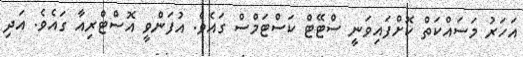
އަހަރު މަސައްކަތް ކޮށްފައިވަނީ ސްޓޭޓް ކަސްޓަމްސް ގައެވެ. އުފަންވީ އޮސްޓްރިއާ ގައެވެ. އަދި